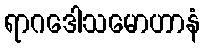
ရာဂဒေါသမောဟာနံ